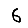
Digit: 6